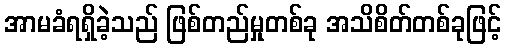
အာမခံရရှိခဲ့သည် ဖြစ်တည်မှုတစ်ခု အသိစိတ်တစ်ခုဖြင့်